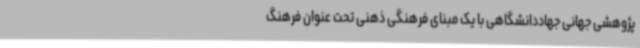
پژوهشی جهانی جهاددانشگاهی با یک مبنای فرهنگی ذهنی تحت عنوان فرهنگ